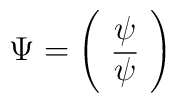
\Psi=\left(\begin{array}{c}\psi\\\overline\psi\end{array}\right)